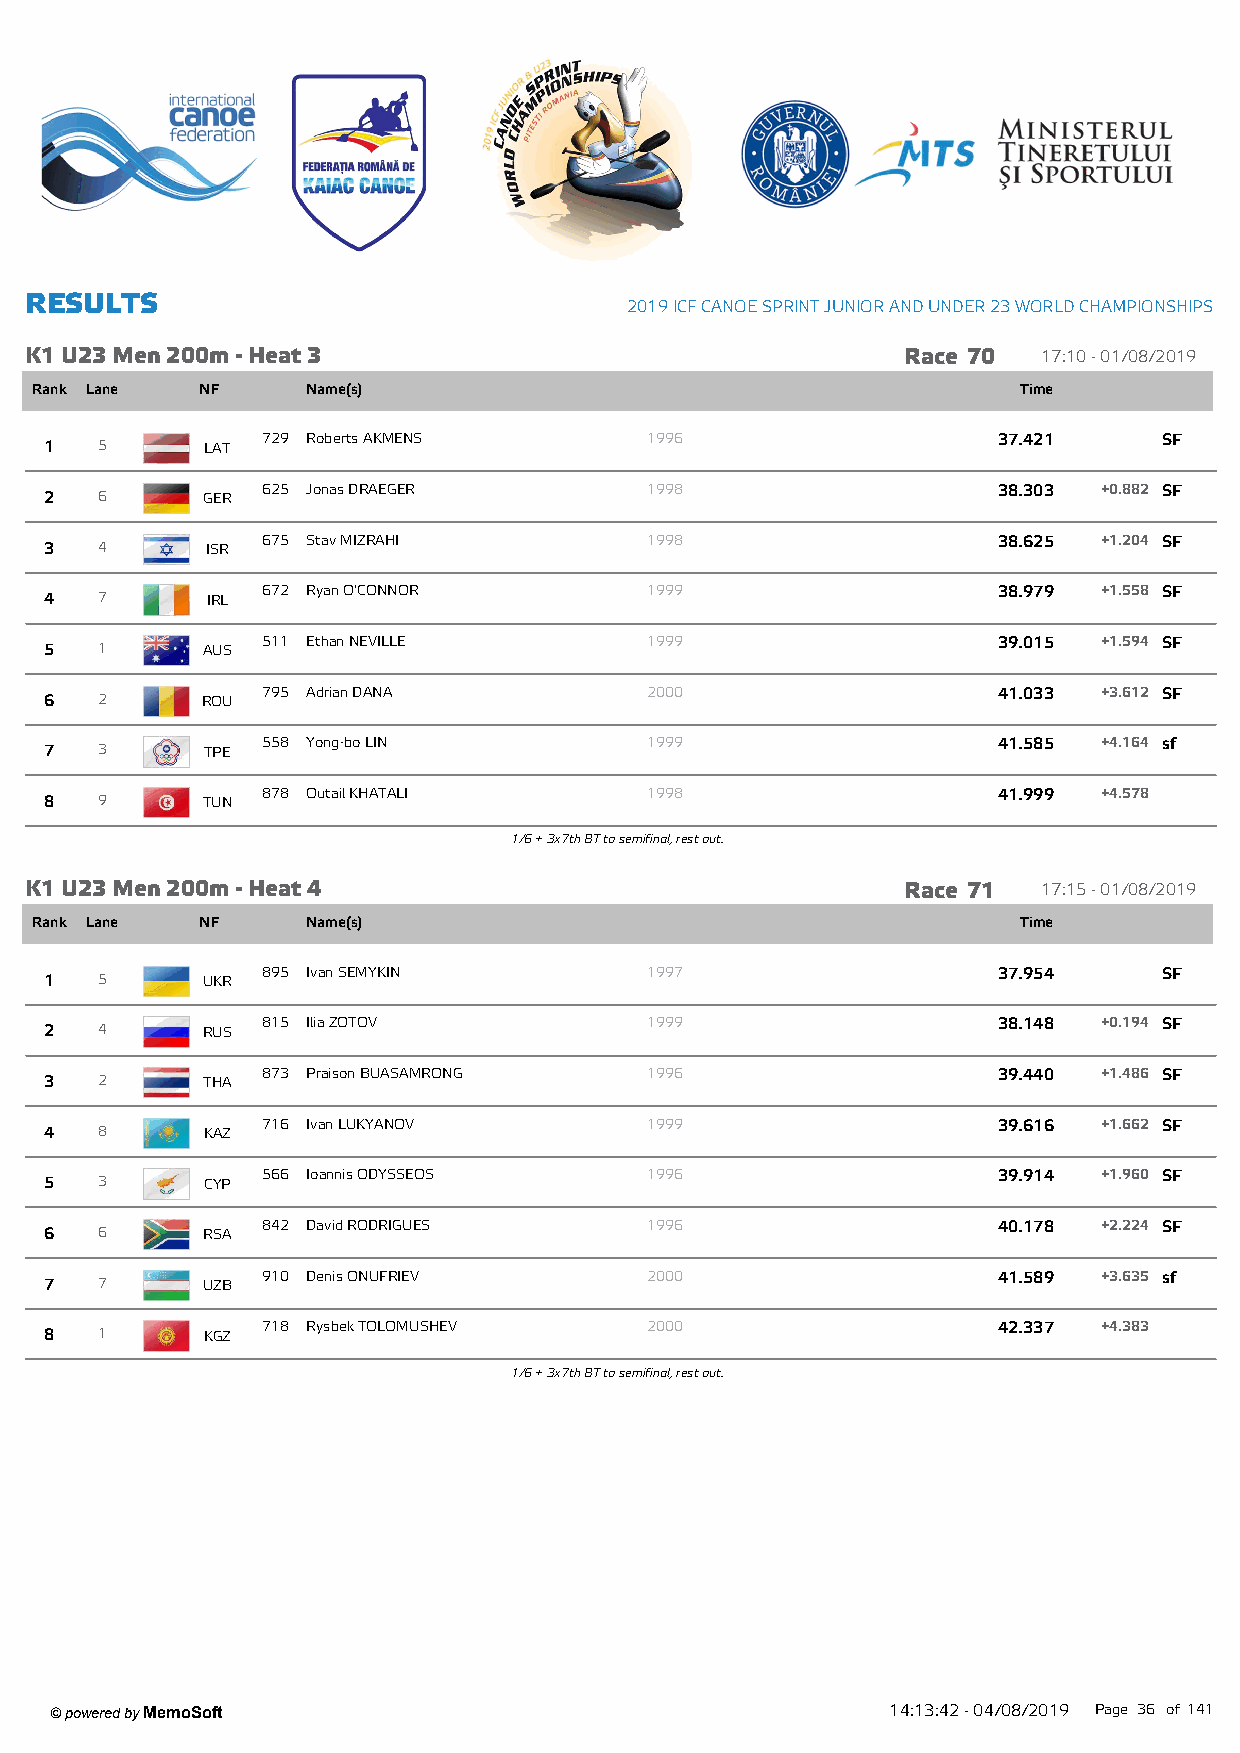
R ESU LTS
 2019 ICF CANOE SPRINT JUNIOR AND UNDER 23 W ORLD CHAMPIONSHIPS
 K1 U23 M en 200m - Heat 3                                 Race 70  17:10 - 01/08/2019
 Rank Lane  NF     Name(s)                                         Time
 729 Roberts AKMENS        1996                   37.421     SF
 1  5       LAT
 625 Jonas DRAEGER         1998                   38.303 +0.882 SF
 2  6      GER
 675 Stav MIZRAHI          1998                   38.625 +1.204 SF
 3  4       ISR
 672 Ryan O'CONNOR         1999                   38.979 +1.558 SF
 4  7       IRL
 511 Ethan NEVILLE         1999                   39.015 +1.594 SF
 5  1      AUS
 795 Adrian DANA           2000                   41.033 +3.612 SF
 6  2      ROU
 558 Yong-bo LIN           1999                   41.585 +4.164 sf
 7  3       TPE
 878 Outail KHATALI        1998                   41.999 +4.578
 8  9      TUN
 1/6 + 3x7th BT to semifinal, rest out.
 K1 U23 M en 200m - Heat 4                                 Race 71  17:15 - 01/08/2019
 Rank Lane  NF     Name(s)                                         Time
 895 Ivan SEMYKIN          1997                   37.954     SF
 1  5      UKR
 815 Ilia ZOTOV            1999                   38.148 +0.194 SF
 2  4      RUS
 873 Praison BUASAMRONG    1996                   39.440 +1.486 SF
 3  2      THA
 716 Ivan LUKYANOV         1999                   39.616 +1.662 SF
 4  8      KAZ
 566 Ioannis ODYSSEOS      1996                   39.914 +1.960 SF
 5  3      CYP
 842 David RODRIGUES       1996                   40.178 +2.224 SF
 6  6      RSA
 910 Denis ONUFRIEV        2000                   41.589 +3.635 sf
 7  7      UZB
 718 Rysbek TOLOMUSHEV     2000                   42.337 +4.383
 8  1      KGZ
 1/6 + 3x7th BT to semifinal, rest out.
 ' powered by MemoSoft                                   14:13:42 - 04/08/2019 Page 36 of141